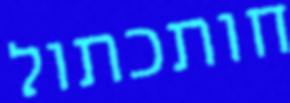
חותכתול